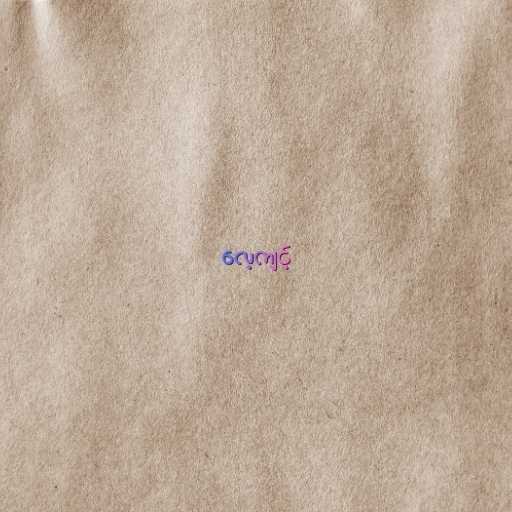
လေ့ကျင့်